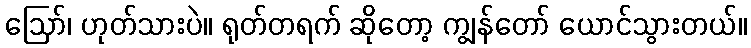
ဩော်၊ ဟုတ်သားပဲ။ ရုတ်တရက် ဆိုတော့ ကျွန်တော် ယောင်သွားတယ်။